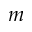
m